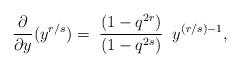
LaTeX: \begin{align*}\frac{\partial}{\partial y} ( y^{r/s} ) = \;\frac{( 1 - q^{2r})}{(1 - q^{2s})} \;\;y^{(r/s) - 1}, \end{align*}